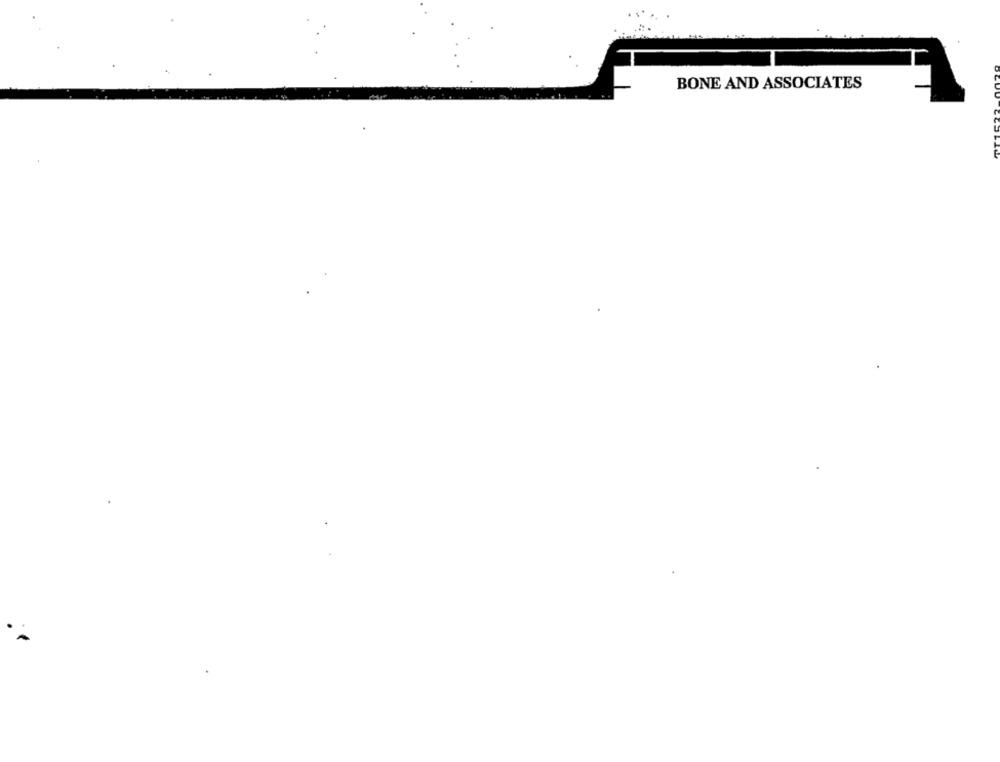
BONE AND ASSOCIATES